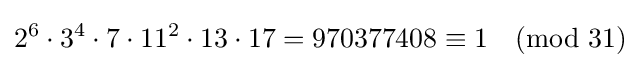
2^{6}\cdot 3^{4}\cdot 7\cdot 11^{2}\cdot 13\cdot 17=970377408\equiv 1{\pmod {31}}